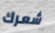
شعرك